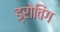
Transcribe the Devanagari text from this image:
ड्रोविंग